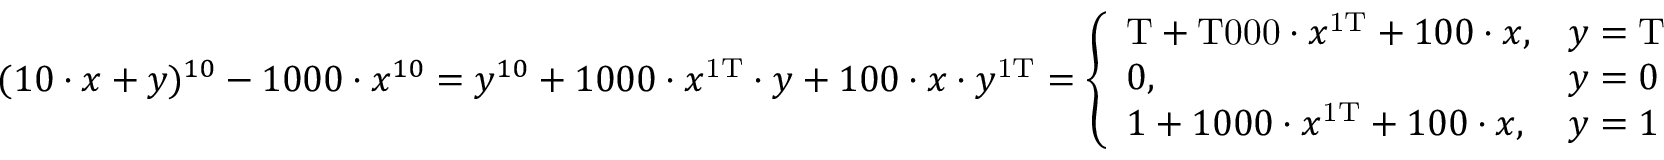
( 1 0 \cdot x + y ) ^ { 1 0 } - 1 0 0 0 \cdot x ^ { 1 0 } = y ^ { 1 0 } + 1 0 0 0 \cdot x ^ { \mathrm { 1 T } } \cdot y + 1 0 0 \cdot x \cdot y ^ { \mathrm { 1 T } } = { \left\{ \begin{array} { l l } { \mathrm { T } + \mathrm { T 0 0 0 } \cdot x ^ { \mathrm { 1 T } } + 1 0 0 \cdot x , } & { y = \mathrm { T } } \\ { 0 , } & { y = 0 } \\ { 1 + 1 0 0 0 \cdot x ^ { \mathrm { 1 T } } + 1 0 0 \cdot x , } & { y = 1 } \end{array} \right. }